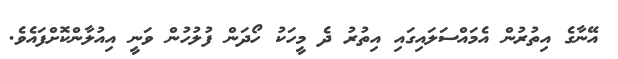
އޭނާގެ އިތުރުން އެމައްސަލައިގައި އިތުރު ދެ މީހަކު ހޯދަން ފުލުހުން ވަނީ އިއުލާންކޮށްފައެވެ.